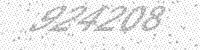
Solution: 924208